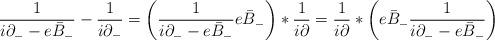
LaTeX: \begin{align*}\frac{1}{i \partial_{-} - e \bar{B}_{-}} - \frac{1}{i\partial_{-}} = \left(\frac{1}{i \partial_{-} - e \bar{B}_{-}} e\bar{B}_{-}\right) * \frac{1}{i \partial} = \frac{1}{i\partial} \ast \left( e \bar{B}_{-} \frac{1}{i \partial_{-} - e\bar{B}_{-}} \right)\,\end{align*}